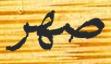
صھر